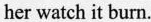
her watch it burn.